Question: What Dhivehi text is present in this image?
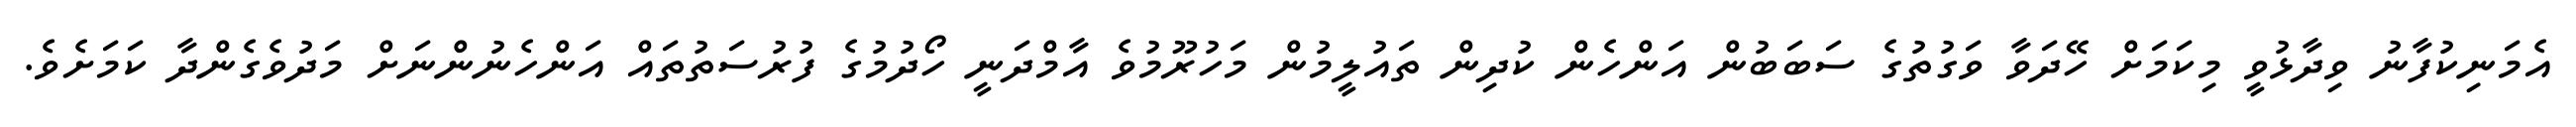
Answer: އެމަނިކުފާނު ވިދާޅުވީ މިކަމަށް ހޭދަވާ ވަގުތުގެ ސަބަބުން އަންހެން ކުދިން ތައުލީމުން މަހުރޫމުވެ އާމްދަނީ ހޯދުމުގެ ފުރުސަތުތައް އަންހެނުންނަށް މަދުވެގެންދާ ކަމަށެވެ.